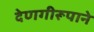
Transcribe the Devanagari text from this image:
देणगीरूपाने